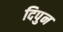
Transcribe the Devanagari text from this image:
दिपुन